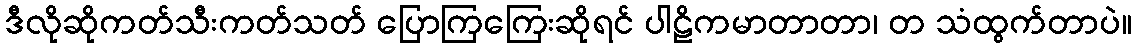
ဒီလိုဆိုကတ်သီးကတ်သတ် ပြောကြကြေးဆိုရင် ပါဠိကမာတာတာ၊ တ သံထွက်တာပဲ။